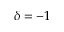
\delta = - 1